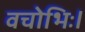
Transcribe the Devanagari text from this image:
वचोभिः।